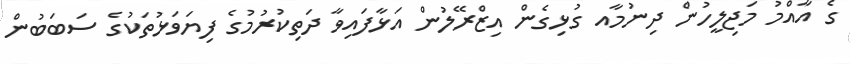
ގެ އާއްމު މަޖިލީހުން ދިނުމާއ ގުޅިގެން އިޒްރޭލުން އަޅާފައިވާ ދަތިކުރުމުގެ ފިޔަވަޅުތަކުގެ ސަބަބުން